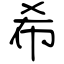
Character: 希